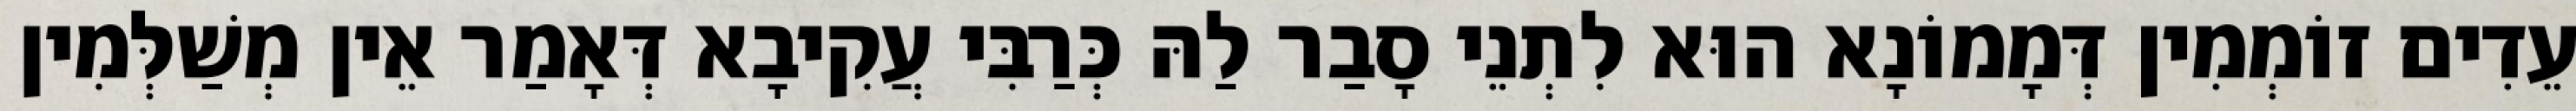
עֵדִים זוֹמְמִין דְּמָמוֹנָא הוּא לִתְנֵי סָבַר לַהּ כְּרַבִּי עֲקִיבָא דְּאָמַר אֵין מְשַׁלְּמִין